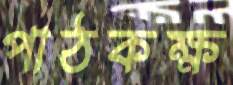
পাঠকক্ষ